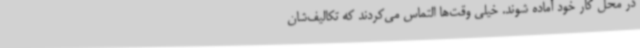
در محل کار خود آماده شوند. خیلی وقت‌ها التماس می‌کردند که تکالیف‌شان